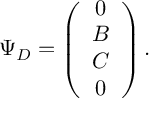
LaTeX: \Psi _ { D } = \left( \begin{array} { c } { { 0 } } \\ { { B } } \\ { { C } } \\ { { 0 } } \end{array} \right) .